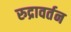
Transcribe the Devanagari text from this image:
रुद्रावर्तन